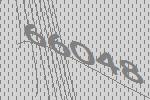
66048